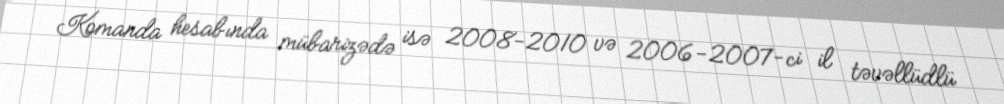
Komanda hesabında mübarizədə isə 2008-2010 və 2006-2007-ci il təvəllüdlü